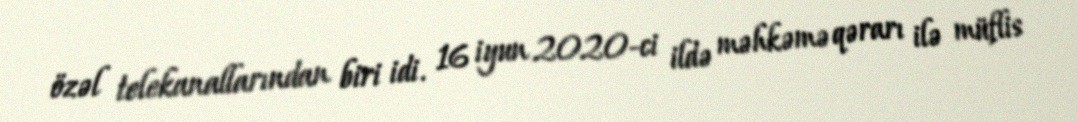
özəl telekanallarından biri idi. 16 iyun 2020-ci ildə məhkəmə qərarı ilə müflis